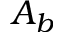
A _ { b }